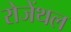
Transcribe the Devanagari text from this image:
रोजेंथल